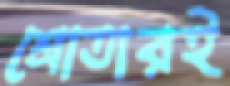
শ্রোতারই